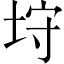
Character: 垨